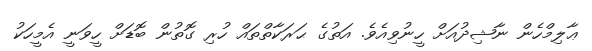
ޢާލިމްހެން ނާޝިދުއަށް ހީނުވިއެވެ. އަތުގެ ޙަރަކާތްތައް ހުރި ގޮތުން ބޮޑަށް ހީވަނީ އެމީހަކު